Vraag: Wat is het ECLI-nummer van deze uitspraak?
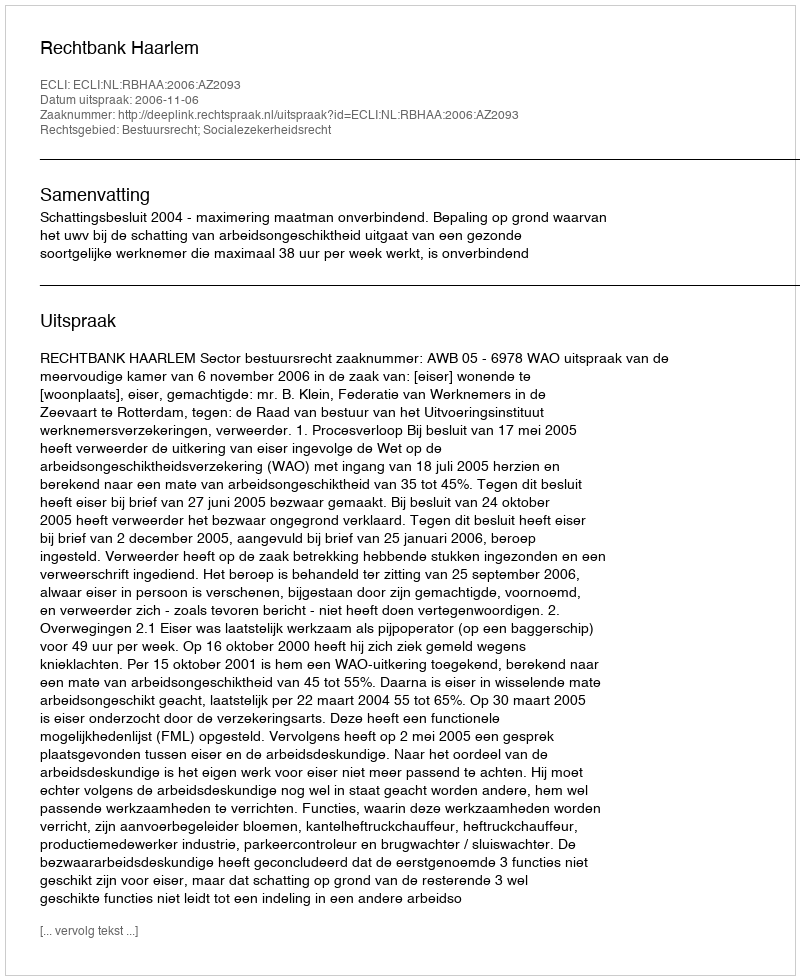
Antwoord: ECLI:NL:RBHAA:2006:AZ2093